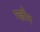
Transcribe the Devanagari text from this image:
गज़ीन